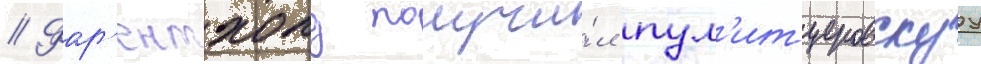
// Фар'ентхолд получи́л пул'итцеровскуу